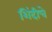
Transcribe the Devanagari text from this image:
शिंदीचे